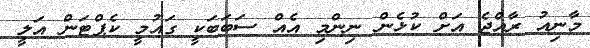
މާނިއު ރާއްޖެ އަށް ކުޅެން ނިންމި އެއް ސަބަބަކީ ގައުމީ ކެޕްޓަން އަލީ